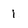
Character: i